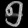
Digit: ၅